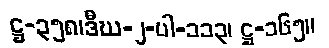
ဋ္ဌ-၃၅၈၊ဒီဃ-၂-ပါ-၁၁၃၊ ဋ္ဌ-၁၆၅။